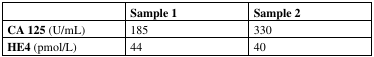
<table><thead><tr><td></td><td><b>Sample 1</b></td><td><b>Sample 2</b></td></tr></thead><tbody><tr><td><b>CA 125</b> (U/mL)</td><td>185</td><td>330</td></tr><tr><td><b>HE4</b> (pmol/L)</td><td>44</td><td>40</td></tr></tbody></table>